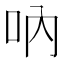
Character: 吶